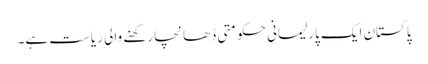
پاکستان ایک پارلیمانی حکومتی ڈھانچا رکھنے والی ریاست ہے۔